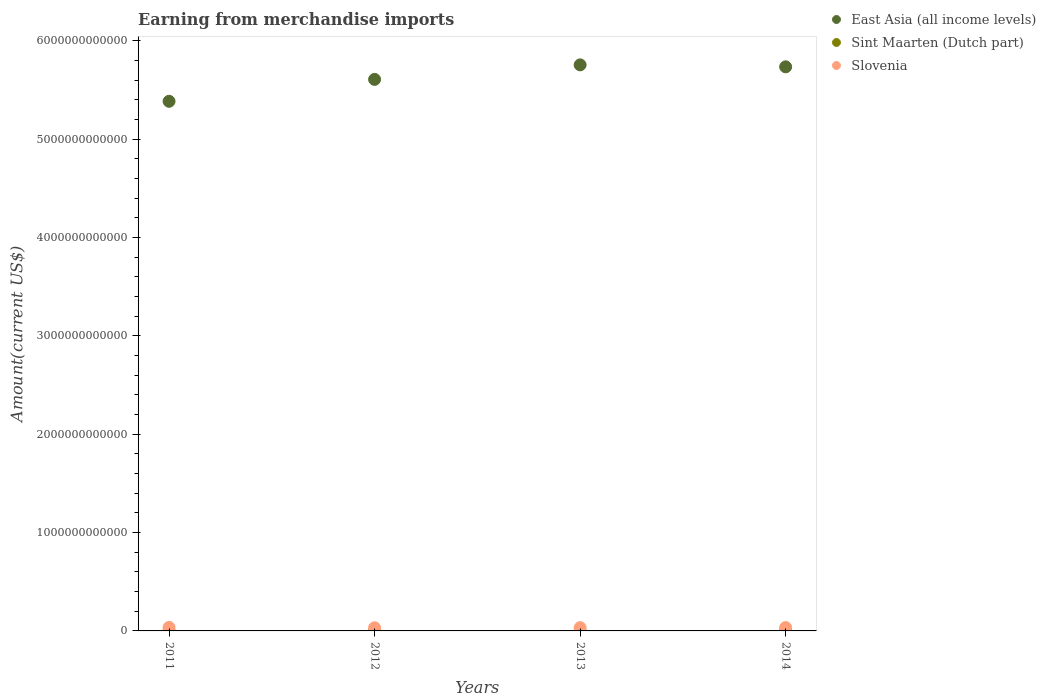
| Years | East Asia (all income levels) | Sint Maarten (Dutch part) | Slovenia |
 | --- | --- | --- | --- |
 | 2011 | 5.38e+12 | 7.34e+08 | 3.55e+10 |
 | 2012 | 5.61e+12 | 7.68e+08 | 3.2e+10 |
 | 2013 | 5.76e+12 | 9.24e+08 | 3.34e+10 |
 | 2014 | 5.74e+12 | 9.5e+08 | 3.4e+10 |